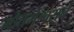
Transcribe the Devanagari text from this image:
गौतमेश्वराचे